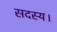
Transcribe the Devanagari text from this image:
सदस्‍य।